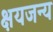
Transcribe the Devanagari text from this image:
क्षयजन्य